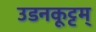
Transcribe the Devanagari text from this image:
उडनकूट्टम्